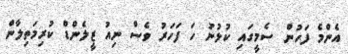
އެންމެ ފަހުން ސެމީގައި ކުޅުނު ހަ ފަހަރު ވެސް ނިއު ޒީލެންޑް ކުރިމަތިލާން